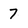
Character: 7